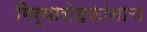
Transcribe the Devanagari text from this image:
गिर्यारोहकांनाच